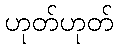
ဟုတ်ဟုတ်